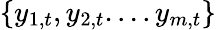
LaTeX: \{ y_{1,t},y_{2,t}....y_{m,t}\}